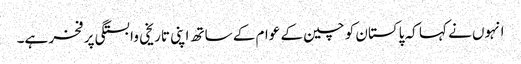
انہوں نے کہا کہ پاکستان کو چین کے عوام کے ساتھ اپنی تاریخی وابستگی پر فخر ہے۔